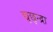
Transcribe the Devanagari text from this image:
छुछुन्द्रा